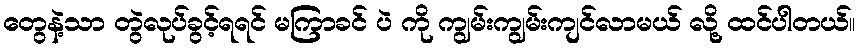
တွေနဲ့သာ တွဲလုပ်ခွင့်ရရင် မကြာခင် ပဲ ကို ကျွမ်းကျွမ်းကျင်လာမယ် လို့ ထင်ပါတယ်။